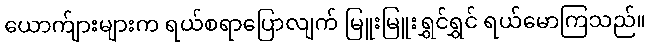
ယောက်ျားများက ရယ်စရာပြောလျက် မြူးမြူးရွှင်ရွှင် ရယ်မောကြသည်။